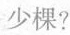
少棵？